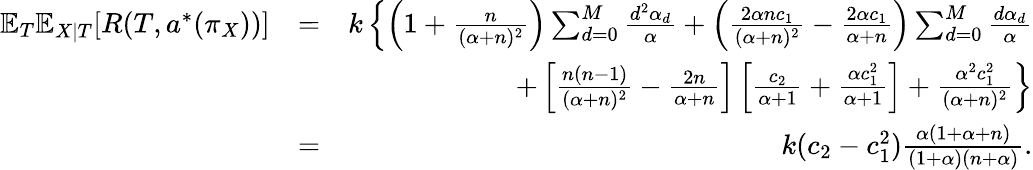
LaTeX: \begin{array}{rlr}{\mathbb{E}_{T}\mathbb{E}_{X|T}[R(T,a^{*}(\pi_{X}))]}&{=}&{k\left\{ \left(1+\frac{n}{(\alpha+n)^{2}}\right)\sum_{d=0}^{M}\frac{d^{2}\alpha_{d}}{\alpha}+\left(\frac{2\alpha nc_{1}}{(\alpha+n)^{2}}-\frac{2\alpha c_{1}}{\alpha+n}\right)\sum_{d=0}^{M}\frac{d\alpha_{d}}{\alpha}\right.}\\ &{}&{\left.+\left[\frac{n(n-1)}{(\alpha+n)^{2}}-\frac{2n}{\alpha+n}\right]\left[\frac{c_{2}}{\alpha+1}+\frac{\alpha c_{1}^{2}}{\alpha+1}\right]+\frac{\alpha^{2}c_{1}^{2}}{(\alpha+n)^{2}}\right\} }\\ &{=}&{k(c_{2}-c_{1}^{2})\frac{\alpha(1+\alpha+n)}{(1+\alpha)(n+\alpha)}.}\end{array}